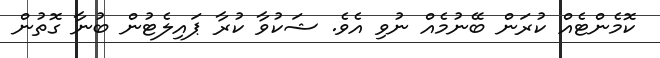
ކޮމެންޓެއް ކުރަން ބޭނުމެއް ނުވި އެވެ. ޝަކުވާ ކުރާ ޕައިލެޓުން ބުނާ ގޮތުން